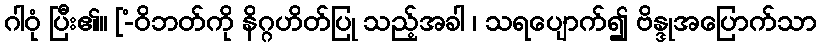
ဂါဝုံ ပြီး၏။ [-ံဝိဘတ်ကို နိဂ္ဂဟိတ်ပြု သည့်အခါ ၊ သရပျောက်၍ ဗိန္ဒုအပြောက်သာ